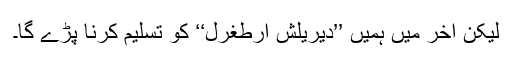
لیکن آخر میں ہمیں ’’دیریلش ارطغرل‘‘ کو تسلیم کرنا پڑے گا۔